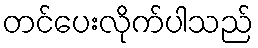
တင်ပေးလိုက်ပါသည်